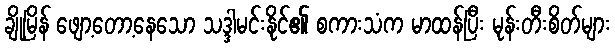
ချိုမြိန် ဖျော့တော့နေသော သဒ္ဒါမင်းနိုင်၏ စကားသံက မာထန်ပြီး မုန်းတီးစိတ်များ